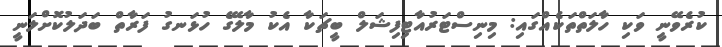
ކުރެވޭނީ ވަކި ހާލަތްތަކެއްގައި: މިނިސްޓަރުއާޓިފިޝަލް ބީޗަކާ އެކު މާލޭގެ ހުޅަނގު ފަރާތް ބަދަލުކޮށްލަނީ